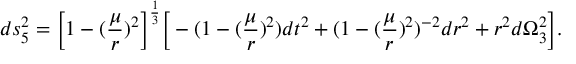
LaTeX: d s _ { 5 } ^ { 2 } = \Big [ 1 - ( { \frac { \mu } { r } } ) ^ { 2 } \Big ] ^ { \frac { 1 } { 3 } } \Big [ - ( 1 - ( { \frac { \mu } { r } } ) ^ { 2 } ) d t ^ { 2 } + ( 1 - ( { \frac { \mu } { r } } ) ^ { 2 } ) ^ { - 2 } d r ^ { 2 } + r ^ { 2 } d \Omega _ { 3 } ^ { 2 } \Big ] .